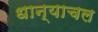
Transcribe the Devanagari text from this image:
धान्याचल